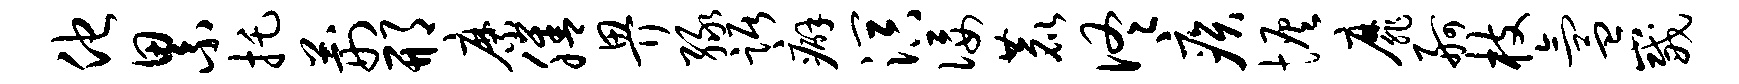
他累托荆邢縻膳畀绿踞癖溟佞鹿佟疾恢靡舸枝氲崴